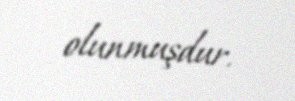
olunmuşdur.